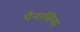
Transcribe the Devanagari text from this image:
पैनासिनर